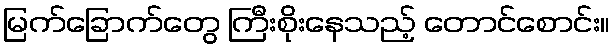
မြက်ခြောက်တွေ ကြီးစိုးနေသည့် တောင်စောင်း။